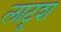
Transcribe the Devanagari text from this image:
लाटूश